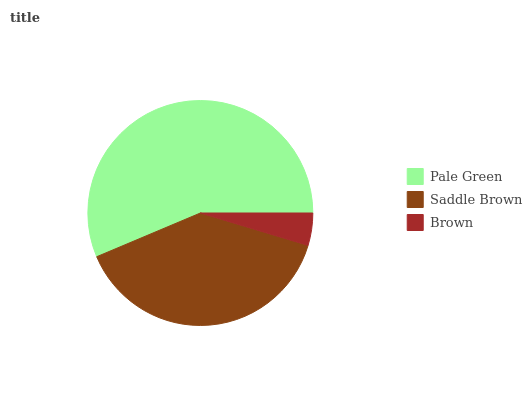
| Pale Green | Saddle Brown | Brown |
 | --- | --- | --- |
 | 56.4% | 39% | 4.65% |